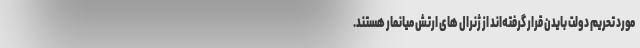
مورد تحریم دولت بایدن قرار گرفته‌اند از ژنرال های ارتش میانمار هستند.